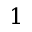
1